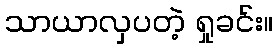
သာယာလှပတဲ့ ရှုခင်း။